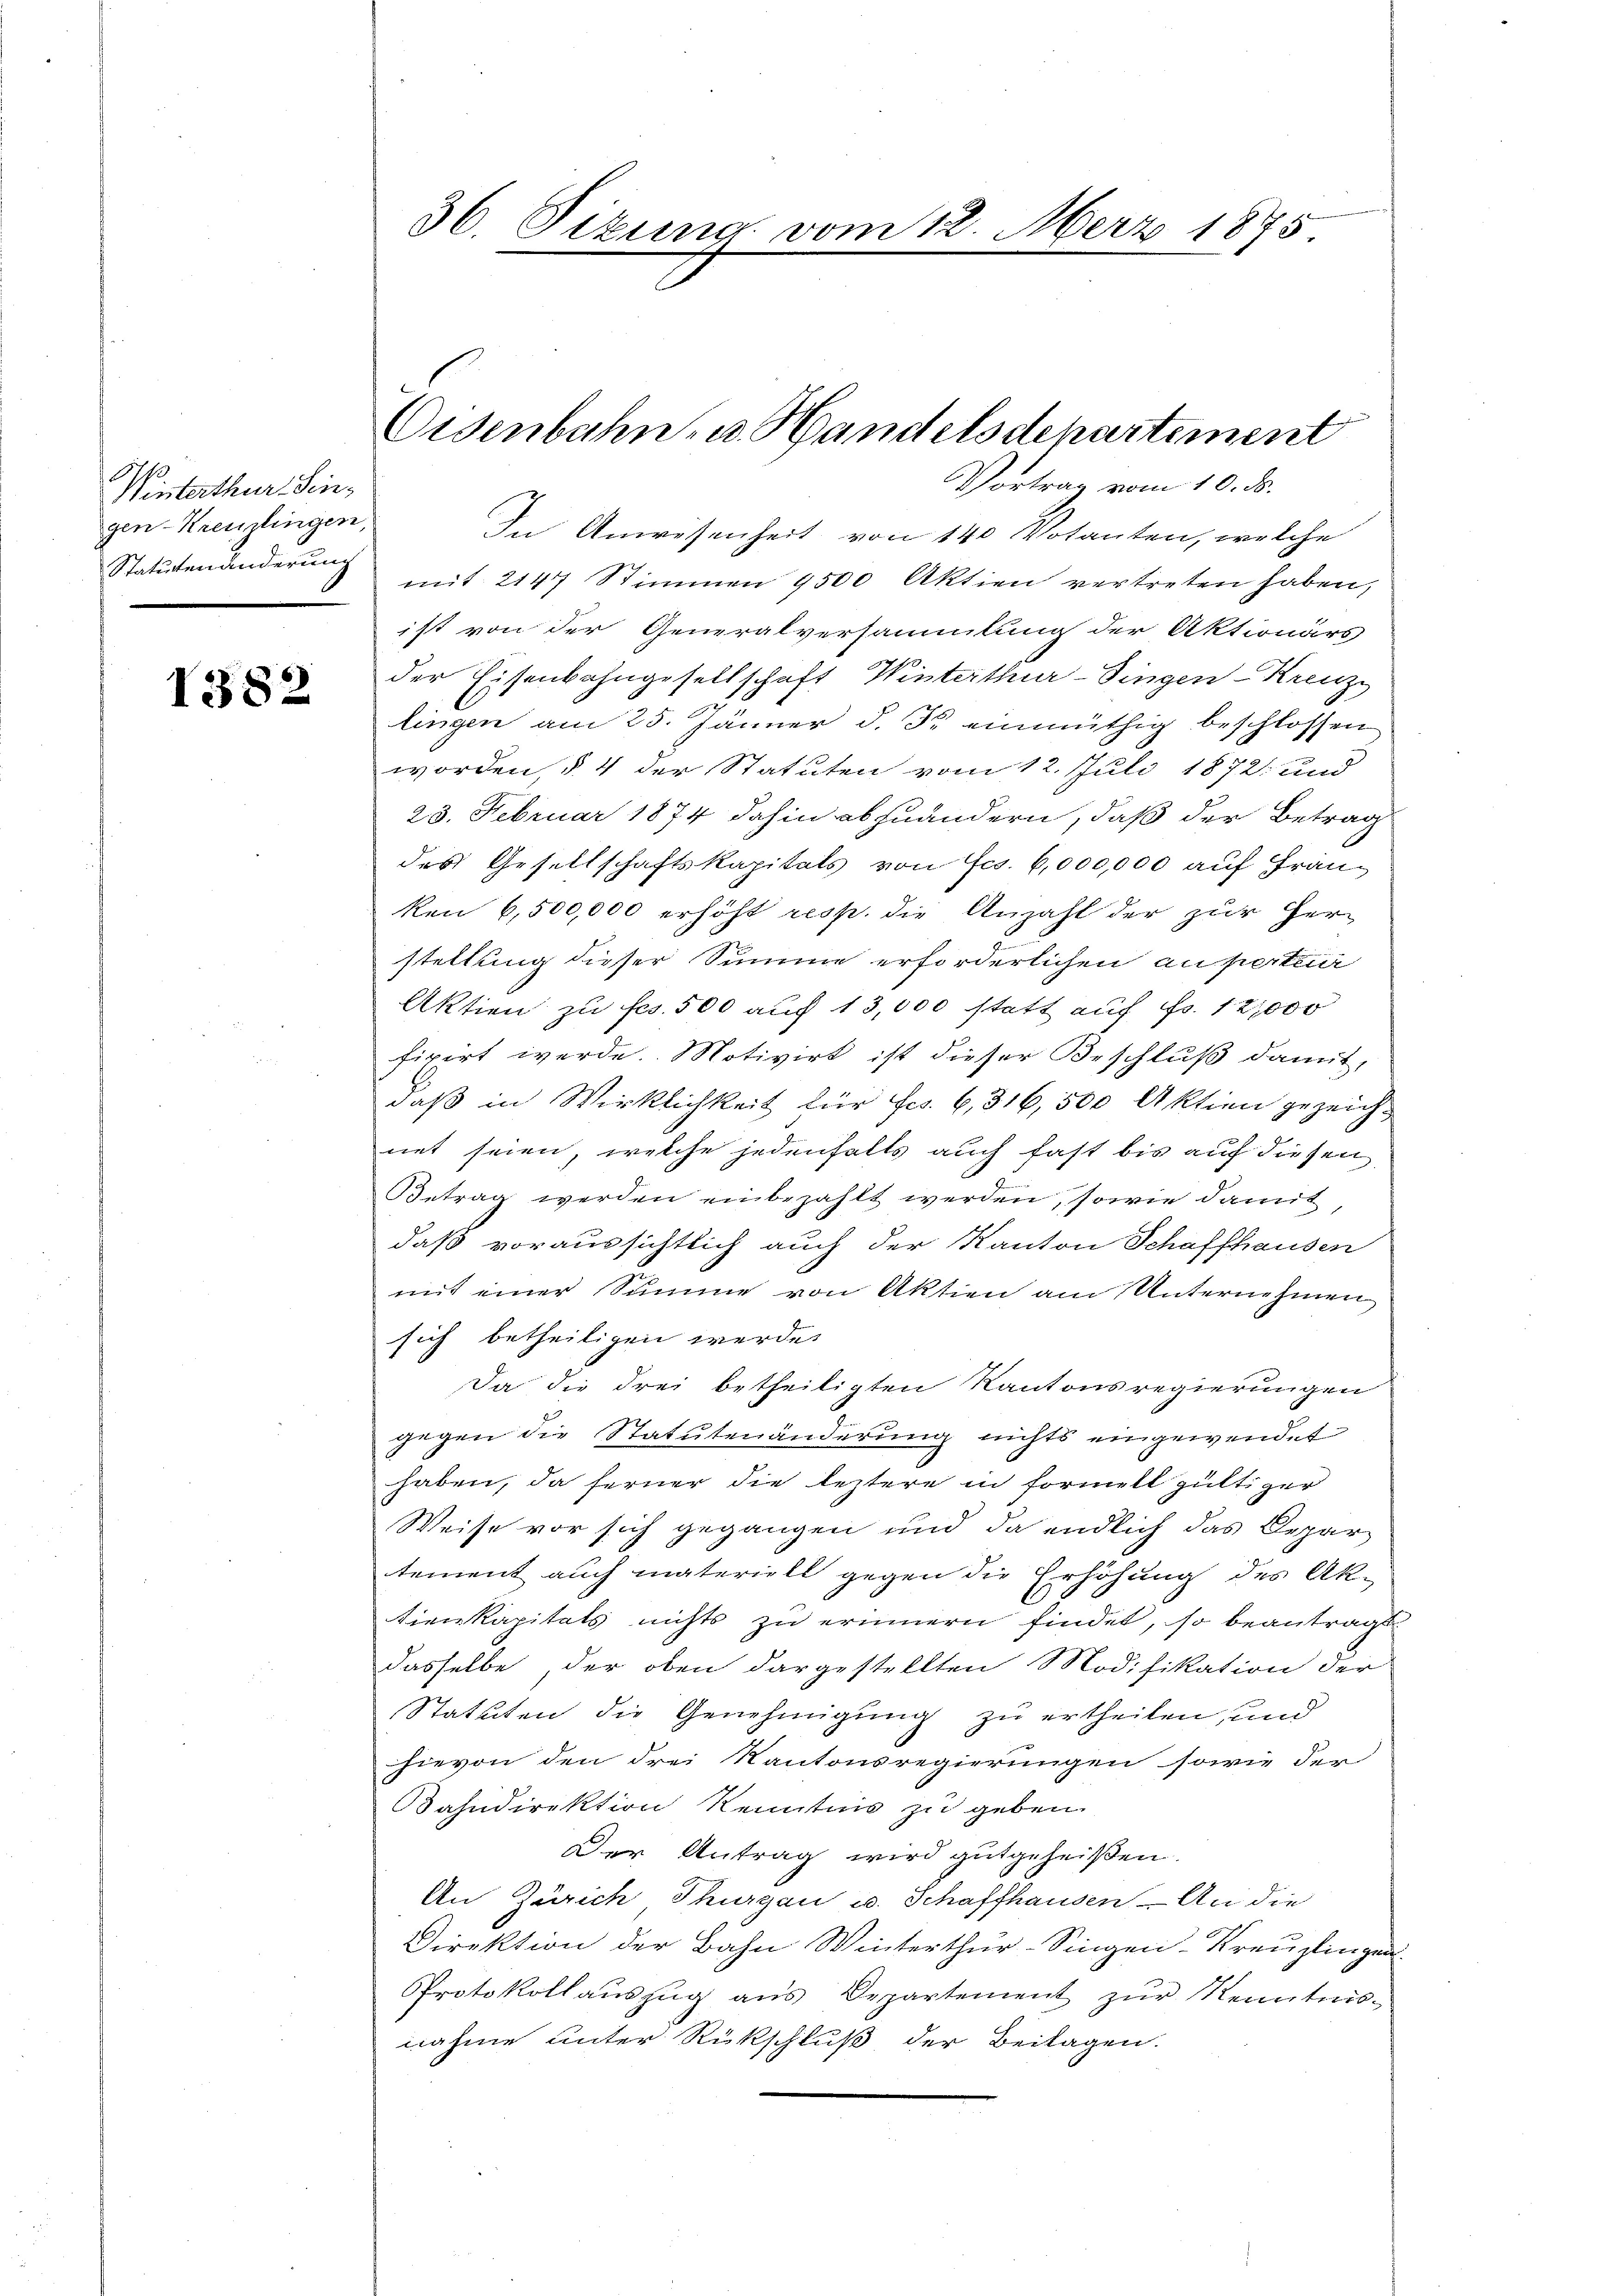
1382

36. Sizung vom 12. Merz 1875.

Winterthur, Sengen-Kreuzlingen,
Statutenänderung

Eisenbahn u. Handelsdepartement

Vortrag vom 10. ds.
In Anwesenheit von 140 Votanten, welche
mit 2147 Stimmen 2500 Aktien vertreten haben,
ist von der Generalversammlung der Aktionärs
der Eisenbahngesellschaft Winterthur–Singen-Kreuzz
lingen am 25. Jänner d. J. einmüthig beschlossen
worden, § 4 der Statuten vom 12. Juli 1872 und
23. Februar 1874 dahin abzuändern, daß der Betrag
des Gesellschaftskapitals von Fco. 6,000,000 auf Franken 6,500,000 erhöht resp. die Anzahl der zur Her-
stellung dieser Summe erforderlichen au pertei
Aktion zu fcs. 500 auf 13,000 statt auf Fr. 12,000
fixirt werde. Motivirt ist dieser Beschluß damit,
daß in Wirklichkeit für Fcs. 6, 316, 500 Aktien gezeich-
net seien, welche jedenfalls auch fast bis auf diesen
Betrag werden einbezahlt werden, sowie damit
daß voraussichtlich auch der Kanton Schaffhausen
mit einer Summe von Aktien am Unternehmen
sich betheiligen werde.
Da die drei betheiligten Kantonsregierungen
gegen die Statutenänderung nichts eingewendet
haben, da ferner die leztere in Formell gültiger
Weise vor sich gegangen und da endlich das Depar
tement auch materiell gegen die Erhöhung des Ak-
tienkapitals nichts zu erinnern findet, so beantragt
dasselbe, der oben dargestellten Modifikation der
Statuten die Genehmigung zu ertheilen, und
hievon den drei Kantonsregierungen sowie der
Fahndirektion Kenntnis zu geben.
Der Antrag wird gutgeheißen.
An Zürich Thurgau u. Schaffhausen - An die
Direktion der Bahn Winterthur–Singen-Kreuzlingen.
Protokollaŭszŭg ans Departement zŭr Kenntnis-
nahme unter Rückschluß der Beitagen.